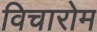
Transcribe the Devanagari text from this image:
विचारोम